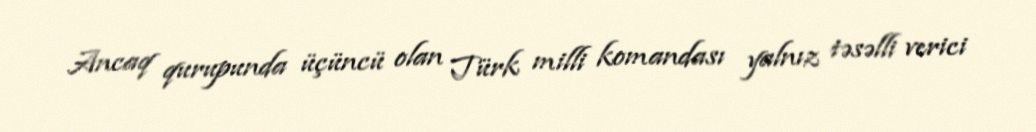
Ancaq qurupunda üçüncü olan Türk milli komandası yalnız təsəlli verici